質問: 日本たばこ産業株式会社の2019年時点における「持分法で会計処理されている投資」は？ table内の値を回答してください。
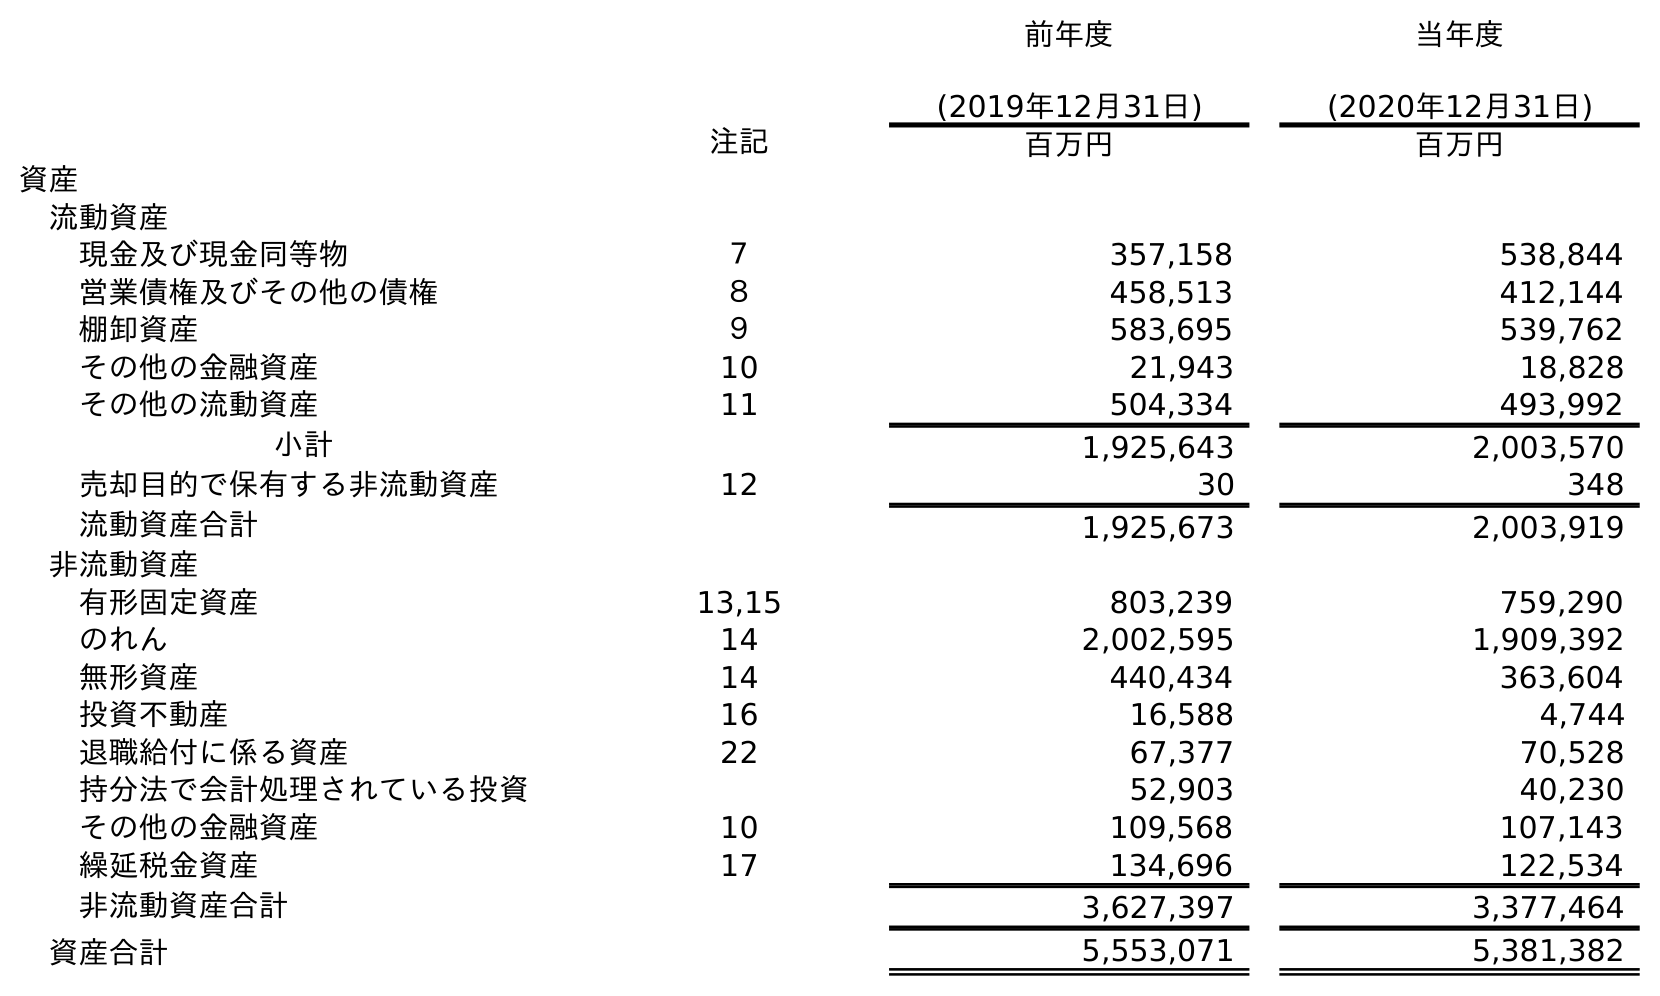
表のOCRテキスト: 前年度 (2019年12月31日) 当年度 (2020年12月31日) 注記 百万円 百万円 資産 流動資産 現金及び現金同等物 ７ 357,158 538,844 営業債権及びその他の債権 ８ 458,513 412,144 棚卸資産 ９ 583,695 539,762 その他の金融資産 10 21,943 18,828 その他の流動資産 11 504,334 493,992 小計 1,925,643 2,003,570 売却目的で保有する非流動資産 12 30 348 流動資産合計 1,925,673 2,003,919 非流動資産 有形固定資産 13,15 803,239 759,290 のれん 14 2,002,595 1,909,392 無形資産 14 440,434 363,604 投資不動産 16 16,588 4,744 退職給付に係る資産 22 67,377 70,528 持分法で会計処理されている投資 52,903 40,230 その他の金融資産 10 109,568 107,143 繰延税金資産 17 134,696 122,534 非流動資産合計 3,627,397 3,377,464 資産合計 5,553,071 5,381,382
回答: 52,903